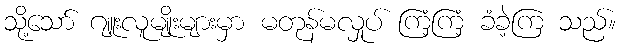
သို့သော် ဂျူးလူမျိုးများမှာ မတုန်မလှုပ် ကြံ့ကြံ့ ခံခဲ့ကြ သည်။